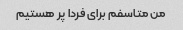
من متاسفم برای فردا پر هستیم